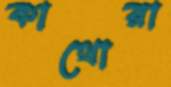
কাথোরা